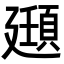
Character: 𫸔